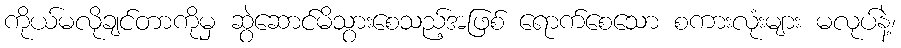
ကိုယ်မလိုချင်တာကိုမှ ဆွဲဆောင်မိသွားစေသည့်အဖြစ် ရောက်စေသော စကားလုံးများ မလုပ်နဲ့၊